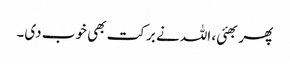
پھر بھئی، اللہ نے برکت بھی خوب دی۔